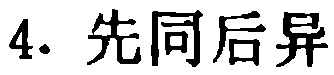
4. 先同后异